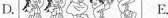
D. E.